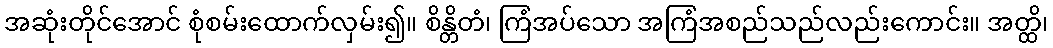
အဆုံးတိုင်အောင် စုံစမ်းထောက်လှမ်း၍။ စိန္တိတံ၊ ကြံအပ်သော အကြံအစည်သည်လည်းကောင်း။ အတ္ထိ၊